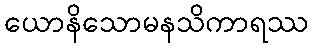
ယောနိသောမနသိကာရဿ